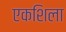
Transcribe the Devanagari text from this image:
एकशिला